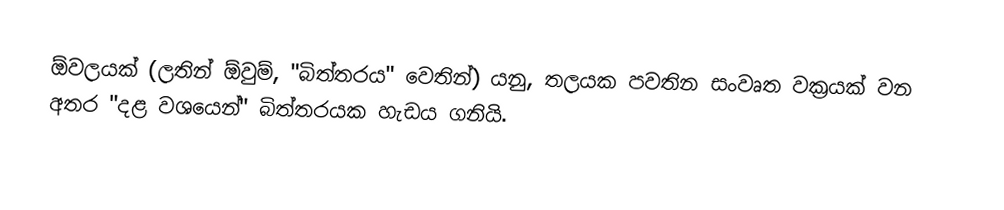
ඕවලයක් (ලතින් ඕවුම්, "බිත්තරය" වෙතින්) යනු,  තලයක පවතින සංවෘත වක්‍රයක් වන අතර "දළ වශයෙන්" බිත්තරයක හැඩය ගනියි.